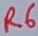
Text: R6